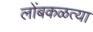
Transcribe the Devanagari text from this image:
लोंबकळत्या